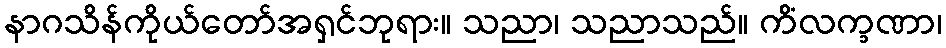
နာဂသိန်ကိုယ်တော်အရှင်ဘုရား။ သညာ၊ သညာသည်။ ကိံလက္ခဏာ၊